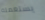
يستعمله